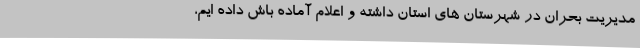
مدیریت بحران در شهرستان های استان داشته و اعلام آماده باش داده ایم،